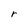
Character: r